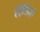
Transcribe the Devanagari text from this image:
लेडिज़